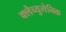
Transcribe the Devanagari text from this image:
क्लैव्युलेनिक